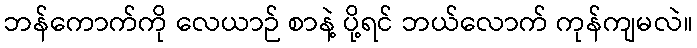
ဘန်ကောက်ကို လေယာဉ် စာနဲ့ ပို့ရင် ဘယ်လောက် ကုန်ကျမလဲ။